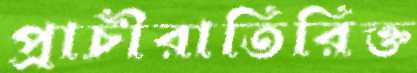
প্রাচীরাতিরিক্ত